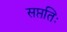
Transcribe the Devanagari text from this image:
सप्ततिः